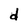
Character: d